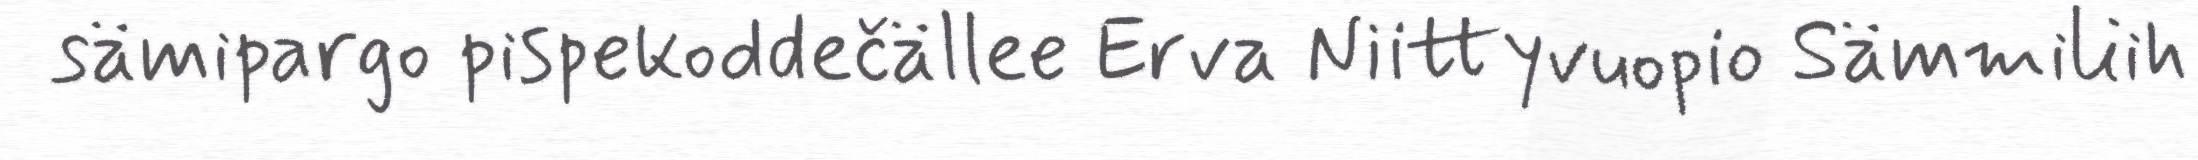
sämipargo pispekoddečällee Erva Niittyvuopio Sämmiliih